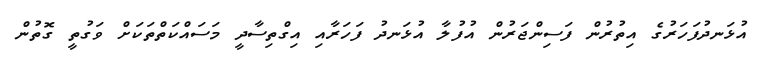
އުޅަނދުފަހަރުގެ އިތުރުން ފަސިންޖަރުން އުފުލާ އުޅަނދު ފަހަރާއި އިގްތިސާދީ މަސައްކަތްތަކަށް ވަގުތީ ގޮތުން